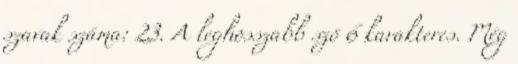
szavak száma: 23. A leghosszabb szó 6 karakteres. Még